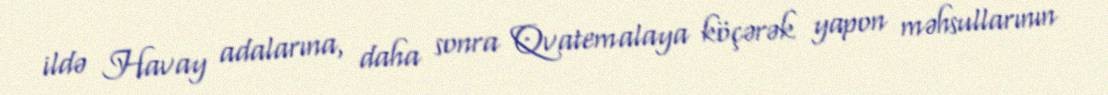
ildə Havay adalarına, daha sonra Qvatemalaya köçərək yapon məhsullarının